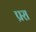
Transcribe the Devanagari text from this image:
प्ररा